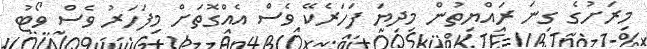
މިރަށުގެ ގިނަ ރައްޔިތުން މިދިޔަ ފަހަރެކޭ ވެސް އެއްގޮތަށް މިފަހަރު ވެސް ވޯޓު